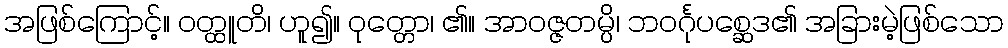
အဖြစ်ကြောင့်။ ဝတ္ထူတိ၊ ဟူ၍။ ဝုတ္တော၊ ၏။ အာဝဇ္ဇတမ္ပိ၊ ဘဝင်္ဂုပစ္ဆေဒ၏ အခြားမဲ့ဖြစ်သော